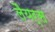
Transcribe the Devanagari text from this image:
लैयर्स